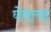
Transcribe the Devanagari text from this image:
घेरल्या